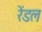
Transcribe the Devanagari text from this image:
रेंडल